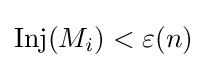
{\rm {Inj}}(M_{i})<\varepsilon (n)